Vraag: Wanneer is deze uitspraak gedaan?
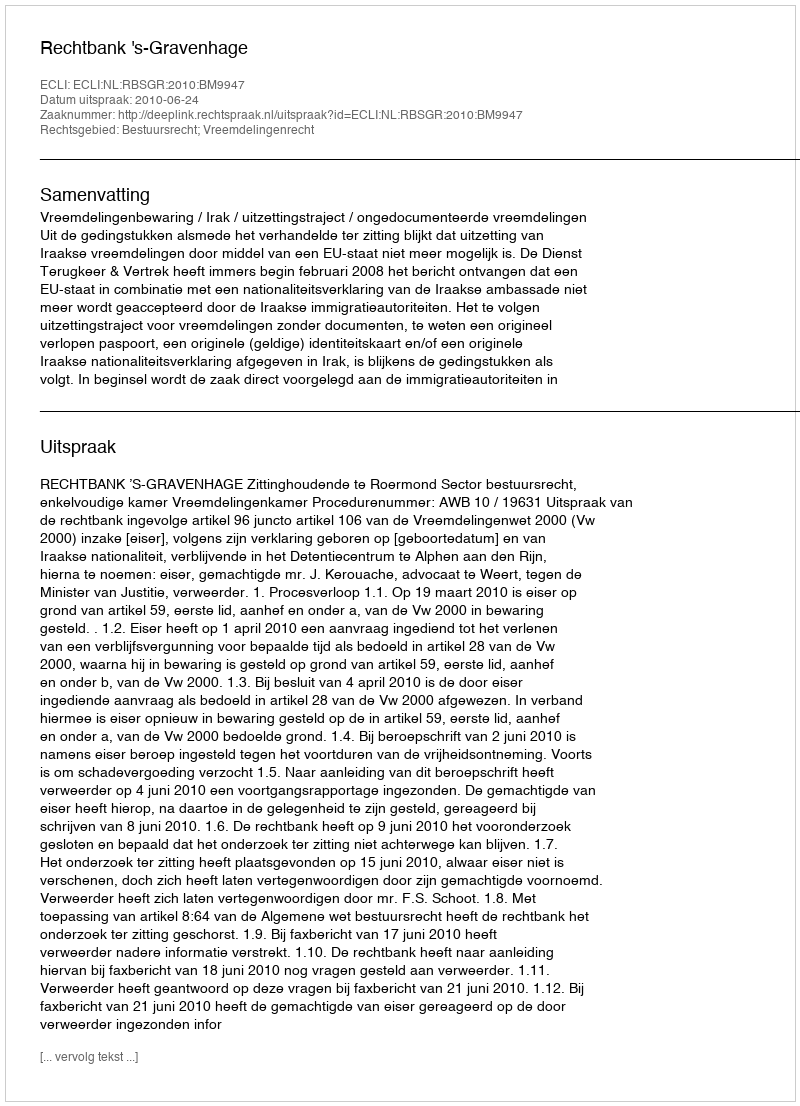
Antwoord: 2010-06-24